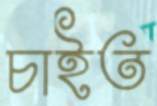
চাইত